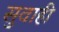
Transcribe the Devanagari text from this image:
सुवाही